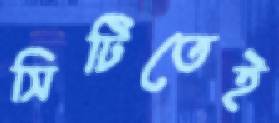
সিটিতেই